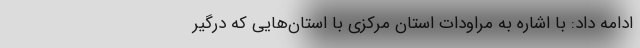
ادامه داد: با اشاره به مراودات استان مرکزی با استان‌هایی که درگیر